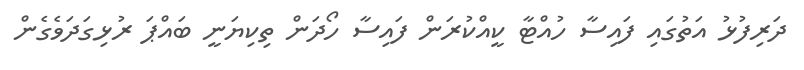
ދަރިފުޅު އަތުގައި ފައިސާ ހުއްޓާ ކީއްކުރަން ފައިސާ ހޯދަން ތިކިޔަނީ ބައްޕަ ރުޅިގަދަވެގެން